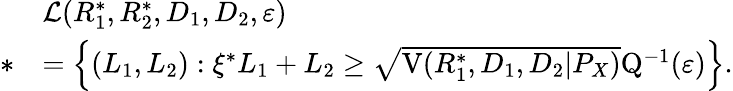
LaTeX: \begin{array}{rl}&{\mathcal{L}(R_{1}^{*},R_{2}^{*},D_{1},D_{2},\varepsilon)}\\ {*}&{=\Big\{ (L_{1},L_{2}):\xi^{*}L_{1}+L_{2}\geq\sqrt{\mathrm{V}(R_{1}^{*},D_{1},D_{2}|P_{X})}\mathrm{Q}^{-1}(\varepsilon)\Big\} .}\end{array}